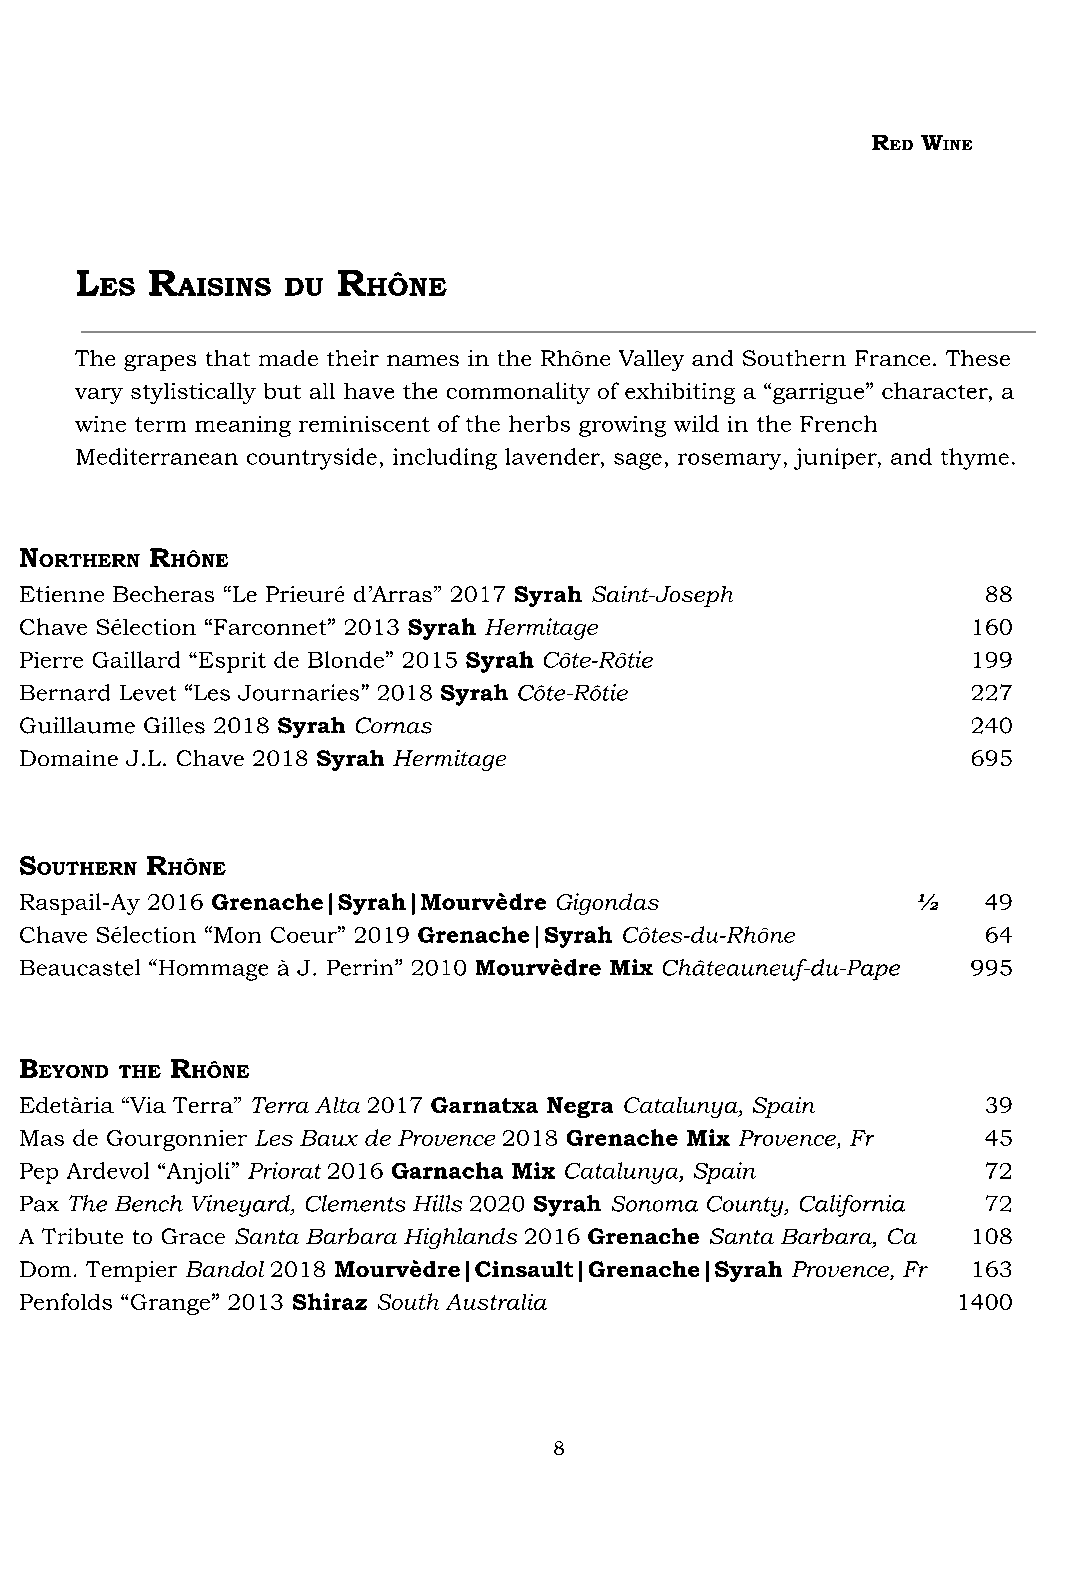
R  W
 ED INE
 L    R           R
 ES   AISINS DU   HÔNE
 The grapes that made their names in the Rhône Valley and Southern France. These
 vary stylistically but all have the commonality of exhibiting a “garrigue” character, a
 wine term meaning reminiscent of the herbs growing wild in the French
 Mediterranean countryside, including lavender, sage, rosemary, juniper, and thyme.
 N        R
 ORTHERN HÔNE
 Etienne Becheras “Le Prieuré d’Arras” 2017 Syrah Saint-Joseph   88
 Chave Sélection “Farconnet” 2013 Syrah Hermitage               160
 Pierre Gaillard “Esprit de Blonde” 2015 Syrah Côte-Rôtie       199
 Bernard Levet “Les Journaries” 2018 Syrah Côte-Rôtie           227
 Guillaume Gilles 2018 Syrah Cornas                             240
 Domaine J.L. Chave 2018 Syrah Hermitage                        695
 S        R
 OUTHERN  HÔNE
 Raspail-Ay 2016 Grenache|Syrah|Mourvèdre Gigondas           ½   49
 Chave Sélection “Mon Coeur” 2019 Grenache|Syrah Côtes-du-Rhône  64
 Beaucastel “Hommage à J. Perrin” 2010 Mourvèdre Mix Châteauneuf-du-Pape 995
 B         R
 EYOND THE HÔNE
 Edetària “Via Terra” Terra Alta 2017 Garnatxa Negra Catalunya, Spain 39
 Mas de Gourgonnier Les Baux de Provence 2018 Grenache Mix Provence, Fr 45
 Pep Ardevol “Anjoli” Priorat 2016 Garnacha Mix Catalunya, Spain 72
 Pax The Bench Vineyard, Clements Hills 2020 Syrah Sonoma County, California 72
 A Tribute to Grace Santa Barbara Highlands 2016 Grenache Santa Barbara, Ca 108
 Dom. Tempier Bandol 2018 Mourvèdre|Cinsault|Grenache|Syrah Provence, Fr 163
 Penfolds “Grange” 2013 Shiraz South Australia                 1400
 8